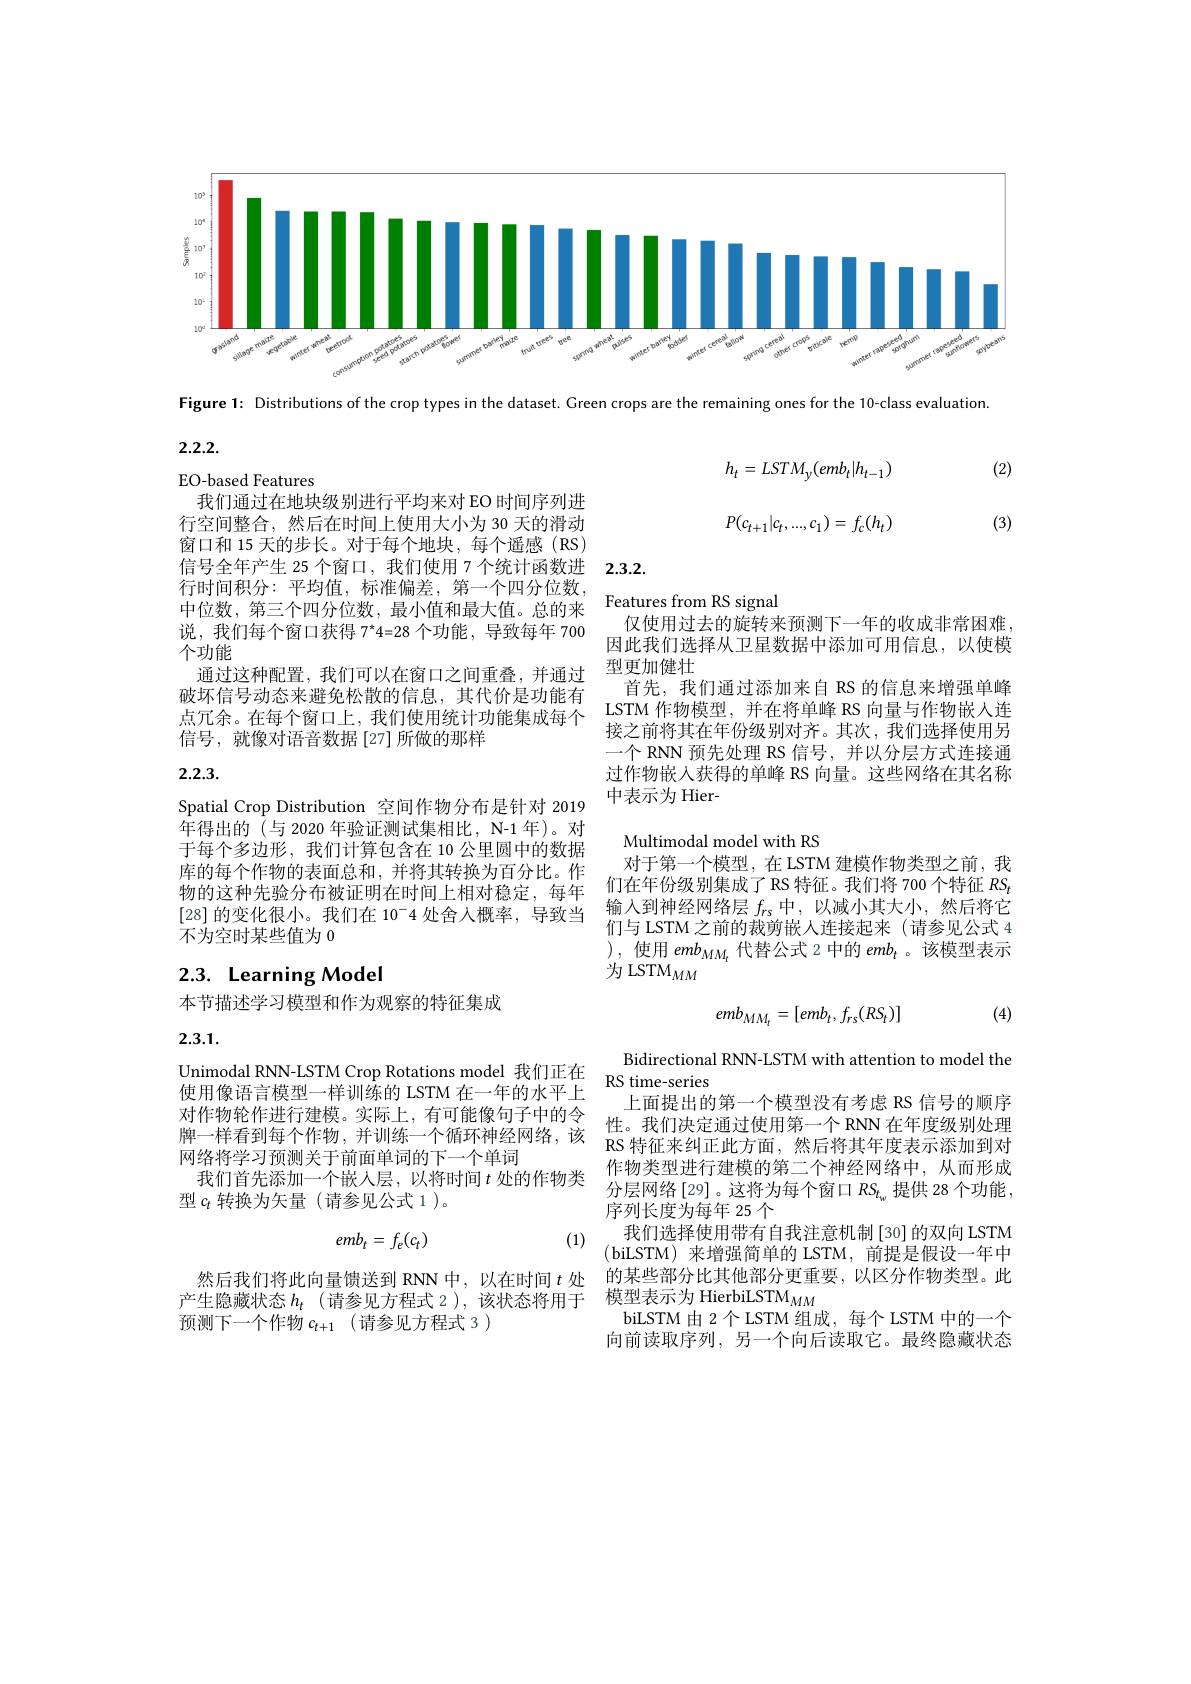
<FigureHere>

Figure 1: Distributions of the crop types in the dataset. Green crops are the remaining ones for the 10-class evaluation.

2.2.2.

(2)
$$h_{t}=LSTM_{y}(emb_{t}|h_{t-1})\\P(c_{t+1}|c_{t},...,c_{1})=f_{c}(h_{t})$$
(3)

信号全年产生 25 个窗口，我们使用 7 个统计函数进 2.3.2.

Features from RS signal

EO-based Features
我们通过在地块级别进行平均来对 EO 时间序列进行空间整合，然后在时间上使用大小为 30 天的滑动窗口和 15 天的步长。对于每个地块，每个遥感(RS) 行时间积分：平均值，标准偏差，第一个四分位数中位数，第三个四分位数，最小值和最大值。总的来说，我们每个窗口获得 7$^*4=28$个功能，导致每年 700个功能
通过这种配置，我们可以在窗口之间重叠，并通过破坏信号动态来避免松散的信息，其代价是功能有点冗余。在每个窗口上，我们使用统计功能集成每个信号，就像对语音数据[27]所做的那样

仅使用过去的旋转来预测下一年的收成非常困难， 因此我们选择从卫星数据中添加可用信息，以使模型更加健壮
首先，我们通过添加来自 RS 的信息来增强单峰LSTM 作物模型，并在将单峰 RS 向量与作物嵌人连接之前将其在年份级别对齐。其次，我们选择使用另一个 RNN 预先处理 RS 信号，并以分层方式连接通过作物嵌入获得的单峰 RS 向量。这些网络在其名称中表示为 Hier-

# 2.2.3.

Spatial Crop Distribution 空间作物分布是针对 2019年得出的 (与 2020 年验证测试集相比，N-1 年)。对于每个多边形，我们计算包含在 10 公里圆中的数据库的每个作物的表面总和，并将其转换为百分比。作物的这种先验分布被证明在时间上相对稳定，每年 们在年份级别集成了RS 特征。我们将 700 个特征 RSt [28] 的变化很小。我们在 10$^-$4 处舍人概率，导致当 输入到神经网络层 $f_\mathrm{rs}$中，以减小其大小，然后将它[28] 的变化很小。我们在 10$^{-}$4 处舍人概率，导致当 们与ISTM之前的裁前端从许护却来(请参风公式不为空时某些值为 0

Multimodal model with RS
对于第一个模型，在 LSTM 建模作物类型之前，我们与 LSTM 之前的裁剪嵌人连接起来(请参见公式 4 ),使用$emb_{MM_t}$代替公式 2 中的$emb_t$ 。该模型表示为 LSTM$_MM$

# 2.3. Learning Model

本节描述学习模型和作为观察的特征集成

(4)
$$emb_{MM_{t}}=[emb_{t},f_{rs}(RS_{t})]$$
2.3.1.

Unimodal RNN-LSTM Crop Rotations model 我们正在 RS time-series 使用像语言模型一样训练的 LSTM 在一年的水平上
对作物轮作进行建模。实际上，有可能像句子中的令$\begin{array}{cc}\text{上由促出可以「快王汉日}^{\text{代王汉}10}\\\text{性。我们决定通过使用第一个 RNN 在年度级别处理}\end{array}$
牌一样看到每个作物，并训练一个循环神经网络，该
网络将学习预测关于前面单词的下一个单词
我们首先添加一个嵌人层，以将时间$t$处的作物类
型$c_t$转换为矢量 (请参见公式 1)。

Bidirectional RNN-LSTM with attention to model the 上面提出的第一个模型没有考虑 RS 信号的顺序
RS 特征来纠正此方面、然后将其年度表示添加到对作物类型进行建模的第二个神经网络中，从而形成分层网络$\left[29\right]$。这将为每个窗口 $RS_t_w$ 提供 28 个功能， 序列长度为每年 25 个
我们选择使用带有自我注意机制[30]的双向 LSTM (biLSTM)来增强简单的 LSTM, 前提是假设一年中的某些部分比其他部分更重要，以区分作物类型。此
产生隐藏状态$h_t$ (请参见方程式 2),该状态将用于 模型表示为 HierbiLSTM$_MM$
biLSTM 由 2 个 LSTM 组成，每个 LSTM 中的一个向前读取序列，另一个向后读取它。最终隐藏状态
$$emb_t=f_e(c_t)$$
(1)

然后我们将此向量馈送到 RNN 中，以在时间$t$处
预测下一个作物 $c_t+ 1$ (请参见方程式 3 )